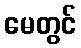
မေတွင်